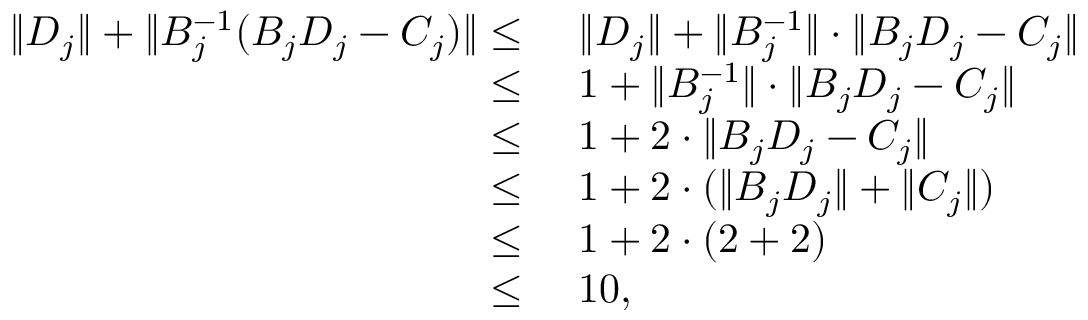
\begin{array} { r l } { \| D _ { j } \| + \| B _ { j } ^ { - 1 } ( B _ { j } D _ { j } - C _ { j } ) \| \leq } & { ~ \| D _ { j } \| + \| B _ { j } ^ { - 1 } \| \cdot \| B _ { j } D _ { j } - C _ { j } \| } \\ { \leq } & { ~ 1 + \| B _ { j } ^ { - 1 } \| \cdot \| B _ { j } D _ { j } - C _ { j } \| } \\ { \leq } & { ~ 1 + 2 \cdot \| B _ { j } D _ { j } - C _ { j } \| } \\ { \leq } & { ~ 1 + 2 \cdot ( \| B _ { j } D _ { j } \| + \| C _ { j } \| ) } \\ { \leq } & { ~ 1 + 2 \cdot ( 2 + 2 ) } \\ { \leq } & { ~ 1 0 , } \end{array}